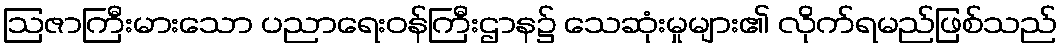
ဩဇာကြီးမားသော ပညာရေးဝန်ကြီးဌာန၌ သေဆုံးမှုများ၏ လိုက်ရမည်ဖြစ်သည်